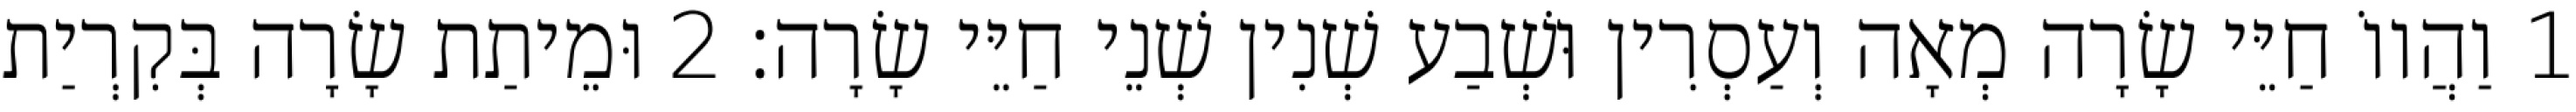
1 וַהֲווֹ חַיֵּי שָׂרָה מְאָה וְעַסְרִין וּשְׁבַע שְׁנִין שְׁנֵי חַיֵּי שָׂרָה׃ 2 וּמֵיתַת שָׂרָה בְּקִרְיַת